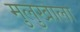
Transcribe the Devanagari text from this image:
मुलुखाला